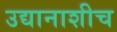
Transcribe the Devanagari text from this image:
उद्यानाशीच